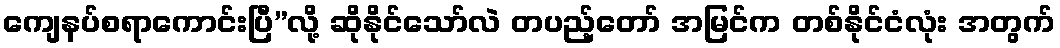
ကျေနပ်စရာကောင်းပြီ”လို့ ဆိုနိုင်သော်လဲ တပည့်တော် အမြင်က တစ်နိုင်ငံလုံး အတွက်